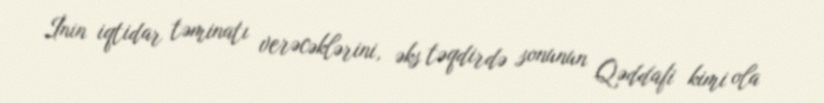
İnin iqtidar təminatı verəcəklərini, əks təqdirdə sonunun Qəddafi kimi ola